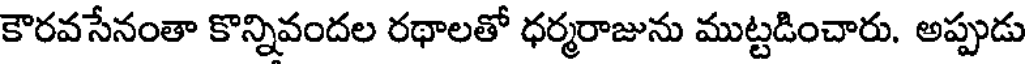
కౌరవసేనంతా కొన్నివందల రథాలతో ధర్మరాజును ముట్టడించారు. అప్పుడు